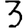
Digit: 3